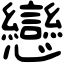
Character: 戀